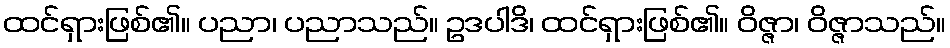
ထင်ရှားဖြစ်၏။ ပညာ၊ ပညာသည်။ ဥဒပါဒိ၊ ထင်ရှားဖြစ်၏။ ဝိဇ္ဇာ၊ ဝိဇ္ဇာသည်။